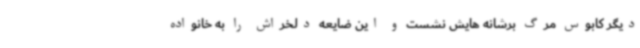
دیگر کابوس مرگ برشانه هایش نشست و این ضایعه دلخراش را به خانواده